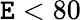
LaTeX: \mathtt{E}<80